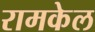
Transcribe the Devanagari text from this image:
रामकेल